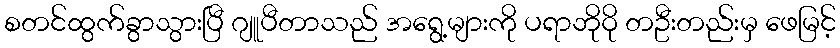
စတင်ထွက်ခွာသွားပြီ ဂျူပီတာသည် အရွေ့များကို ပရာဘိုဝို တဦးတည်းမှ ဖေမြင့်